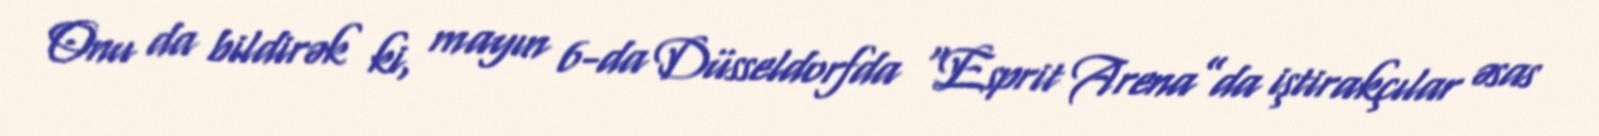
Onu da bildirək ki, mayın 6-da Düsseldorfda “Esprit Arena”da iştirakçılar əsas